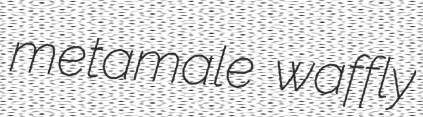
metamale waffly